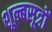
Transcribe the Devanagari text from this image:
शूल्बसूत्रों